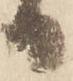
日